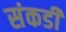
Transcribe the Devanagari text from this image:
संकडी